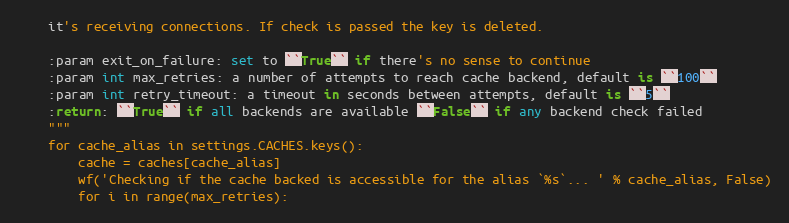
Language: Python
    it's receiving connections. If check is passed the key is deleted.

    :param exit_on_failure: set to ``True`` if there's no sense to continue
    :param int max_retries: a number of attempts to reach cache backend, default is ``100``
    :param int retry_timeout: a timeout in seconds between attempts, default is ``5``
    :return: ``True`` if all backends are available ``False`` if any backend check failed
    """
    for cache_alias in settings.CACHES.keys():
        cache = caches[cache_alias]
        wf('Checking if the cache backed is accessible for the alias `%s`... ' % cache_alias, False)
        for i in range(max_retries):